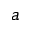
a